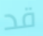
قد